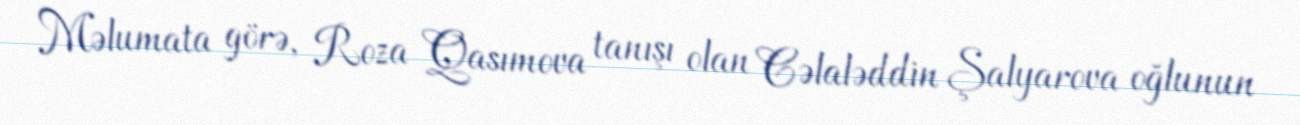
Məlumata görə, Roza Qasımova tanışı olan Cəlaləddin Şalyarova oğlunun